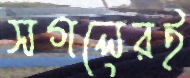
সগলেরই